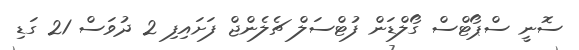
ސޮނީ ސްޕޯޓްސް ގޯލްޑަން ފުޓްސަލް ޗެލެންޖް ފަށައިފި 2 ދުވަސް 21 ގަޑި